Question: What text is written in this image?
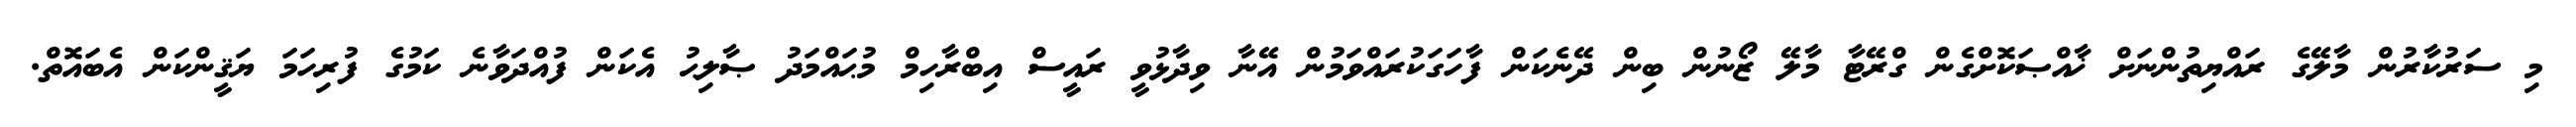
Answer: މި ސަރުކާރުން މާލޭގެ ރައްޔިތުންނަށް ޚާއްޞަކޮށްގެން ގްރޭޓާ މާލޭ ޒޯނުން ބިން ދޭނެކަން ފާހަގަކުރައްވަމުން އޭނާ ވިދާޅުވީ ރައީސް އިބްރާހިމް މުޙައްމަދު ޞާލިޙު އެކަން ފުއްދަވާނެ ކަމުގެ ފުރިހަމަ ޔަޤީންކަން އެބައޮތް.